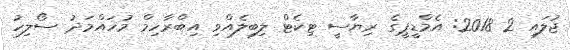
ޖުލައި 2 2018: އެމްޑީޕީގެ ރިޔާސީ ޓިކެޓް ލިބިލެއްވި އިބްރާހިމް މުހައްމަދު ސޯލިހު